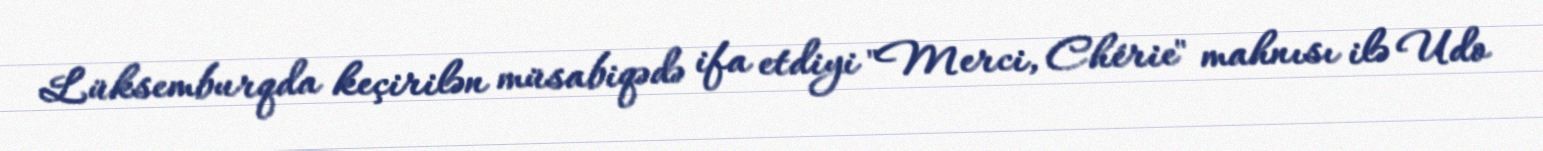
Lüksemburqda keçirilən müsabiqədə ifa etdiyi "Merci, Chérie" mahnısı ilə Udo